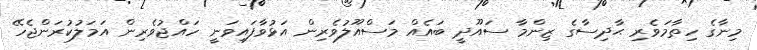
މިނާގެ ހިތާމަވެރި ޙާދިސާގެ ޒިންމާ ސައޫދީ ބައެއް މަސްއޫލުވެރިން އަޅުވާފައިވަނީ ހައްޖުވެރިން އަމަލުކުރަންޖެހޭ